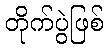
တိုက်ပွဲဖြစ်